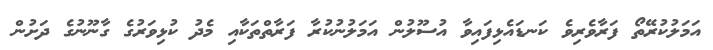
އަމަލުކުރޭތޯ ފަރާވެރިވެ ކަނޑައެޅިފައިވާ އުސޫލުން އަމަލުނުކުރާ ފަރާތްތަކާއި މެދު ކުޅިވަރުގެ ގާނޫނުގެ ދަށުން